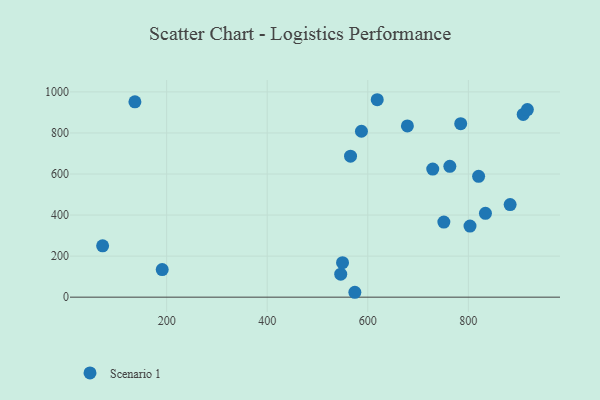
{"axis": {"x": "Distance", "y": "Salary"}, "legend": ["Scenario 1"], "data": [{"x": "546.2", "y": 111.9, "type": "Scenario 1"}, {"x": "834.0", "y": 408.2, "type": "Scenario 1"}, {"x": "909.1", "y": 890.5, "type": "Scenario 1"}, {"x": "549.8", "y": 167.8, "type": "Scenario 1"}, {"x": "883.1", "y": 451.3, "type": "Scenario 1"}, {"x": "565.7", "y": 686.9, "type": "Scenario 1"}, {"x": "763.2", "y": 637.4, "type": "Scenario 1"}, {"x": "587.4", "y": 808.2, "type": "Scenario 1"}, {"x": "574.3", "y": 23.8, "type": "Scenario 1"}, {"x": "803.3", "y": 346.2, "type": "Scenario 1"}, {"x": "136.9", "y": 951.9, "type": "Scenario 1"}, {"x": "729.2", "y": 623.9, "type": "Scenario 1"}, {"x": "618.8", "y": 961.9, "type": "Scenario 1"}, {"x": "191.2", "y": 134.3, "type": "Scenario 1"}, {"x": "72.7", "y": 250.1, "type": "Scenario 1"}, {"x": "678.8", "y": 834.2, "type": "Scenario 1"}, {"x": "751.3", "y": 366.0, "type": "Scenario 1"}, {"x": "820.4", "y": 588.8, "type": "Scenario 1"}, {"x": "917.4", "y": 913.9, "type": "Scenario 1"}, {"x": "784.8", "y": 845.1, "type": "Scenario 1"}]}